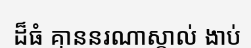
ដ៏ធំ គ្មាននរណាស្គាល់ ងាប់